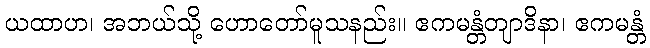
ယထာဟ၊ အဘယ်သို့ ဟောတော်မူသနည်း။ ဧကမန္တံတျာဒိနာ၊ ဧကမန္တံ